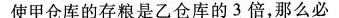
使甲仓库的存粮是乙仓库的3倍，那么必